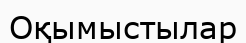
Оқымыстылар